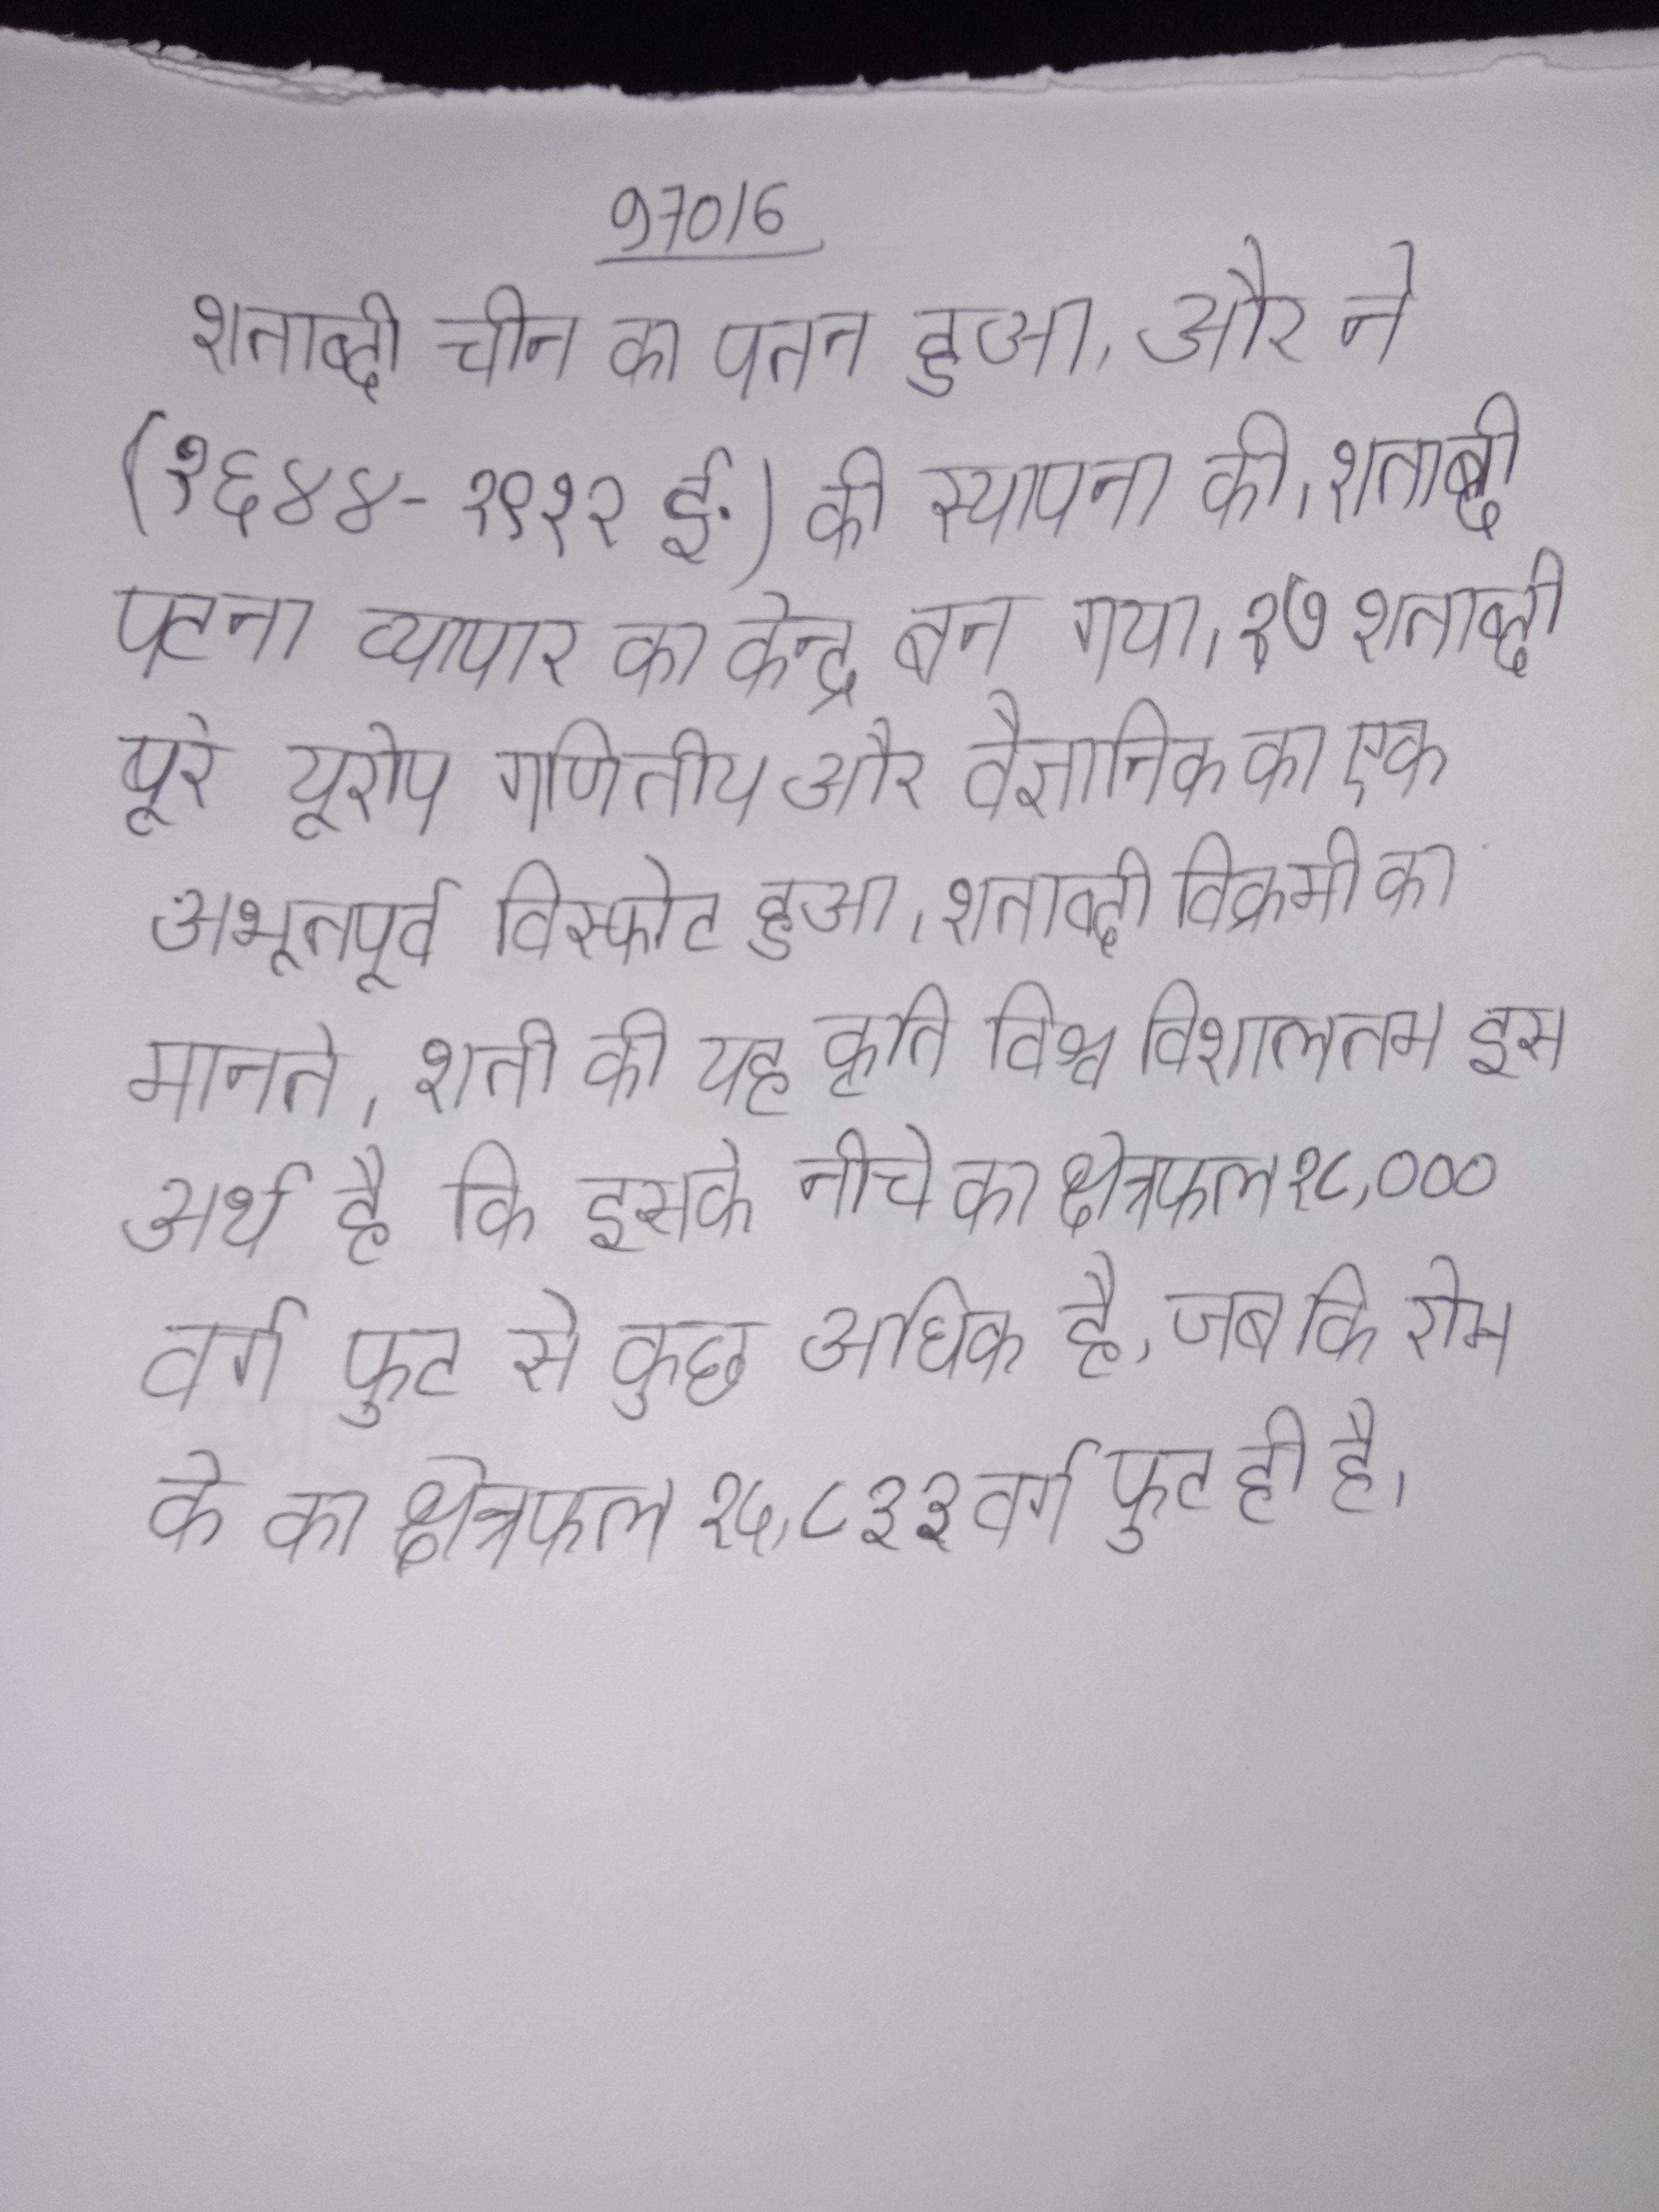
शताब्दी चीन का पतन हुआ, और ने (१६४४-१९१२ ई.) की स्थापना की । शताब्दी पटना व्यापार का केन्द्र बन गया । १७ शताब्दी पूरे यूरोप गणितीय और वैज्ञानिक का एक अभूतपूर्व विस्फोट हुआ । शताब्दी विक्रमी का मानते । शती की यह कृति विश्व विशालतम इस अर्थ है कि इसके नीचे का क्षेत्रफल १८,००० वर्ग फुट से कुछ अधिक है, जब कि रोम के का क्षेत्रफल १५,८३३ वर्ग फुट ही है ।